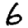
Digit: 6